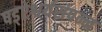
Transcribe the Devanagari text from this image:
षड्ऐश्वर्यसंपन्न